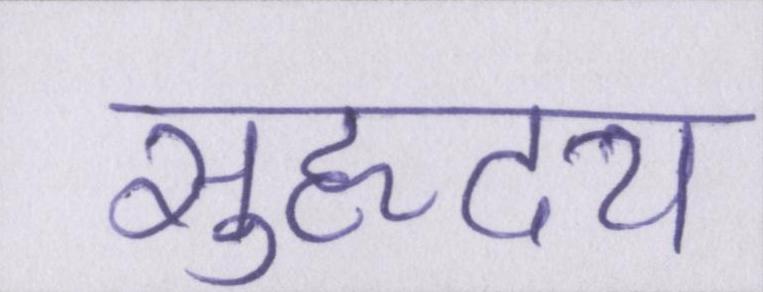
सुहृदय